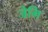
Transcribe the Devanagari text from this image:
जेमि